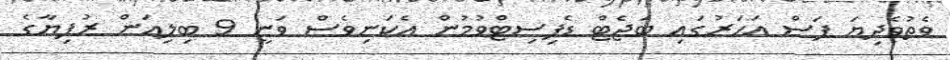
ވެތުވެދިޔަ ފަސް އަހަރުގައި ބަޖެޓް ޑެފިސިޓްވުމުން އެކަނިވެސް ވަނީ 9 ބިލިއަން ރުފިޔާގެ